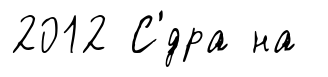
2012 С'́дра на